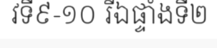
វទី៩-១០ រីឯផ្ទាំងទី២